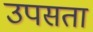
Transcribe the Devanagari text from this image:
उपसता